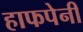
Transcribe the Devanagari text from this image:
हाफपेनी